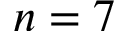
n = 7